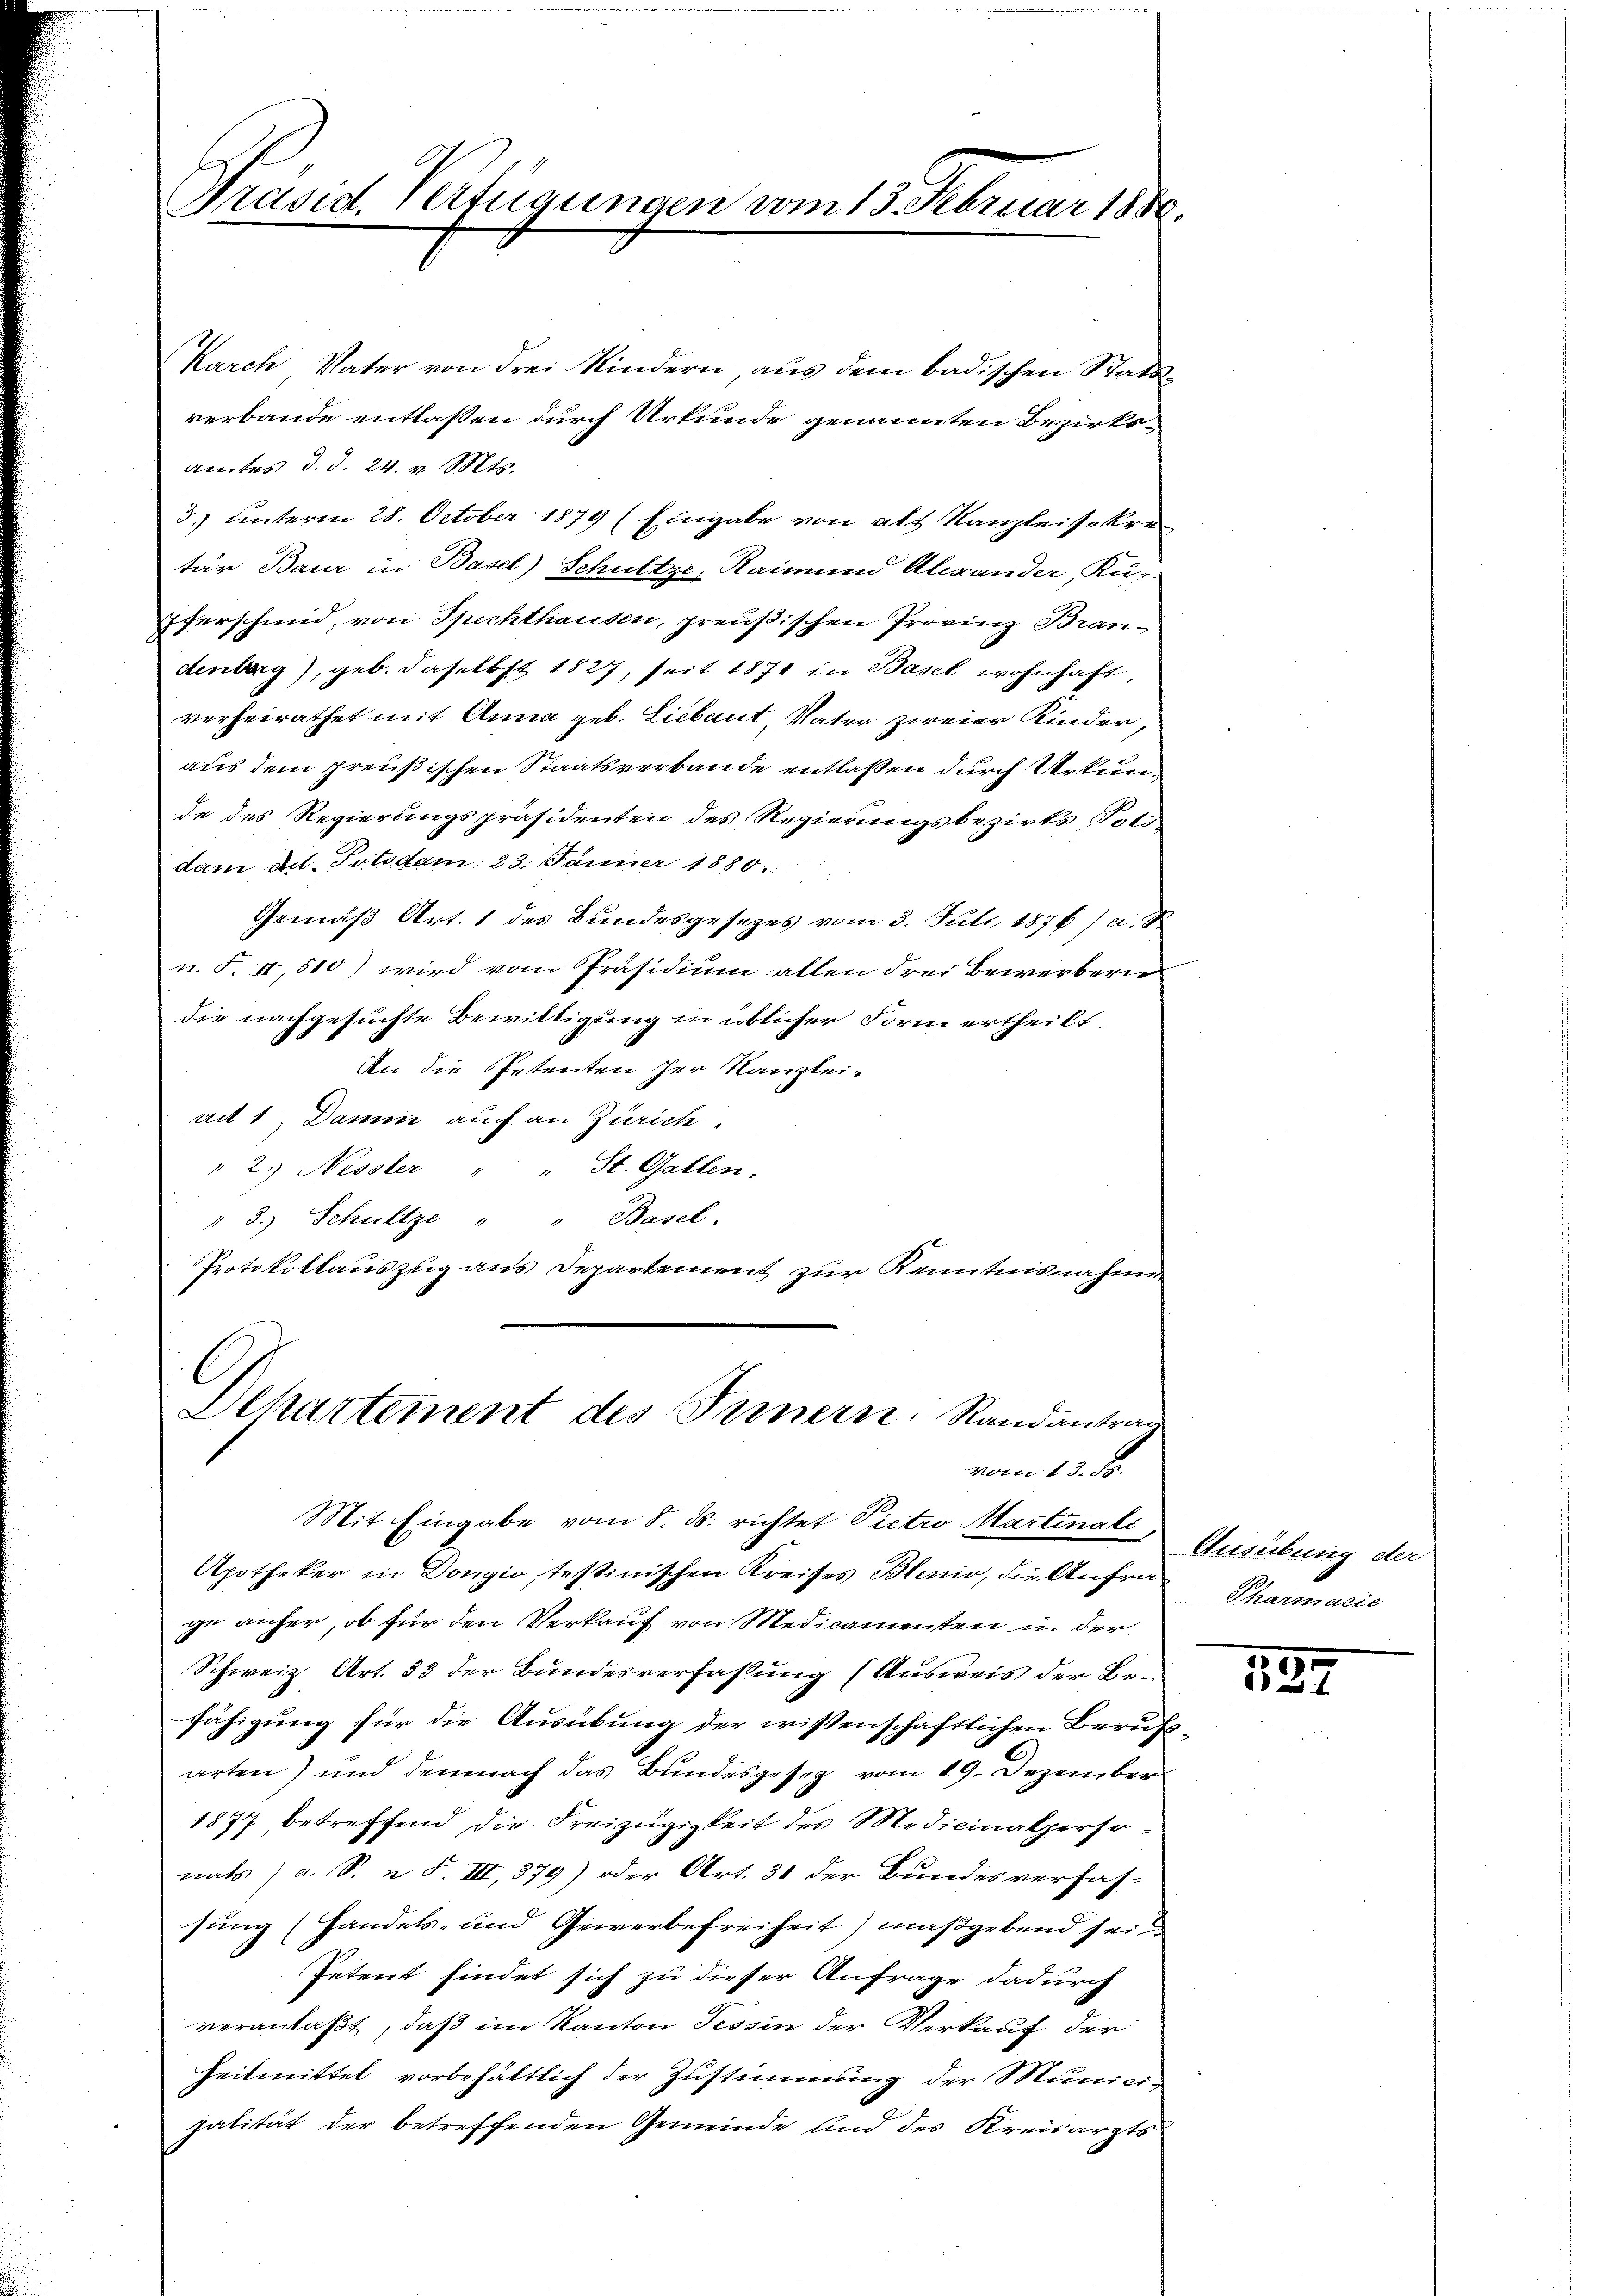
Präsid. Verfügungen vom 13. Februar 1880.

Karch Vater von drei Kindern aus dem badischen Stattverbande entlaßen durch Urkunde genannten Bezirksamtes d. d. 24. v. Mts.
3) unterm 28. October 1879 (Eingabe von alt Kanzleisekre
tär Baur in Basel) Schultze, Raimund Alexander, Kur-
Eferschmid, von Spechthausen, preußischen Provinz Brandenberg), geb. daselbst 1827, seit 1871 in Basel wohnhaft,
verheirathet mit Anna geb. Liebaut Vater zweier Kinder,
aus dem preußischen Staatsverbande entlaßen durch Urkunde des Regierungspräsidenten des Regierungsbezirks Nr. 1
dam ad. Potsdam 23. Jänner 1880.
Gemäβ Art. 1 des Bundesgesezes vom 3. Juli 1876) u. S
u. F. II,510) wird vom Präsidium allen drei Bewerbern
die nachgesuchte Bewiltigung in üblicher Form ertheilt.
An die Petenten her Kanzlei-
ad 1 Damm auch an Zürich.
" 2.) Nessler " " St. Gallen.
" 3.) Schultze " " Basel.
Protokollauszug aus Departement zur Kenntnisnahme

Dehartement des Fernern, Randantrag
vom 13. d.

Apotheker in Dongio, testinischen Kreises Blenio, die Anfrage anher, ob für den Verkauf von Medicamenten in der
Schweiz Art. 33 der Bundesverfaßung (Ausweis der Befähigung für die Ausübung der wissenschaftlichen Berufsarten) und demnach das Bundesgesez vom 19. Dezember
1877 betreffend die Freizügigkeit des Medicinalpersonats a. S. n. F. III, 379) oder Art. 31 der Bundesverfas-
sung (Handels- und Gewerbefreiheit) maßgebend sei
Petent findet sich zu dieser Anfrage dadurch
veranlaßt, daß im Kanton Tessin der Verkauf der
Heilmittel vorbehältlich der Zustimmung der Municipalität der betreffenden Gemeinde und des Kreisarzts

Mit Eingabe vom 8. ds. richtet Pietro Martinali

Ausübung der
Pharmarie

134